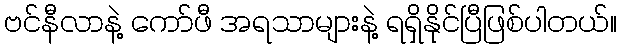
ဗင်နီလာနဲ့ ကော်ဖီ အရသာများနဲ့ ရရှိနိုင်ပြီဖြစ်ပါတယ်။